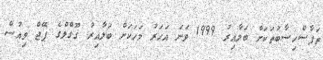
ތަފާސްހިސާބުތަކަށް ބަލާއިރު 1999 ވަނަ އަހަރު މަހަކަށް ބަލާއިރު ގޫގްލްގެ ޕޭޖް ވިއުސް